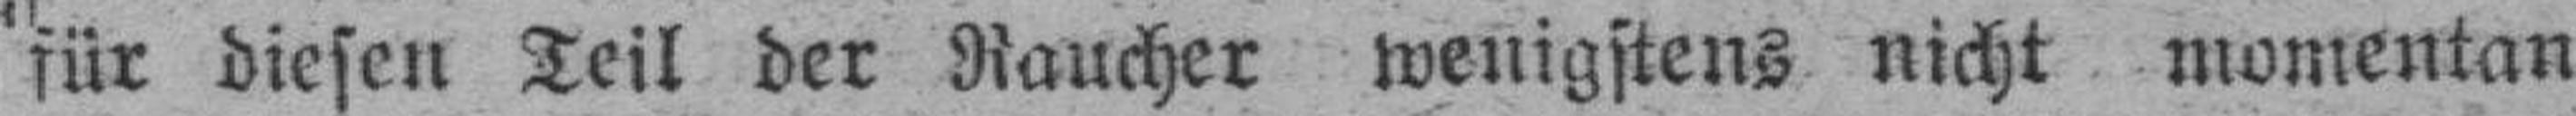
für diesen Teil der Raucher wenigstens nicht momentan